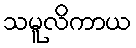
သမူလိကာယ